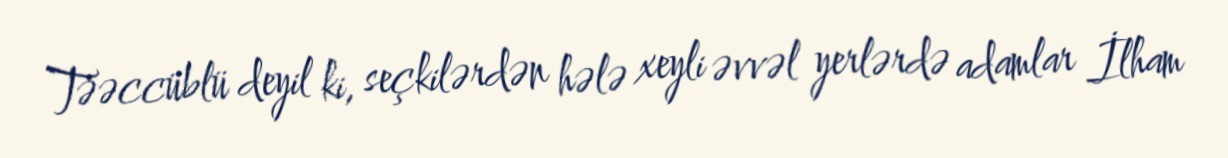
Təəccüblü deyil ki, seçkilərdən hələ xeyli əvvəl yerlərdə adamlar İlham